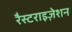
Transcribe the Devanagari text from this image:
रैस्टराइज़ेशन